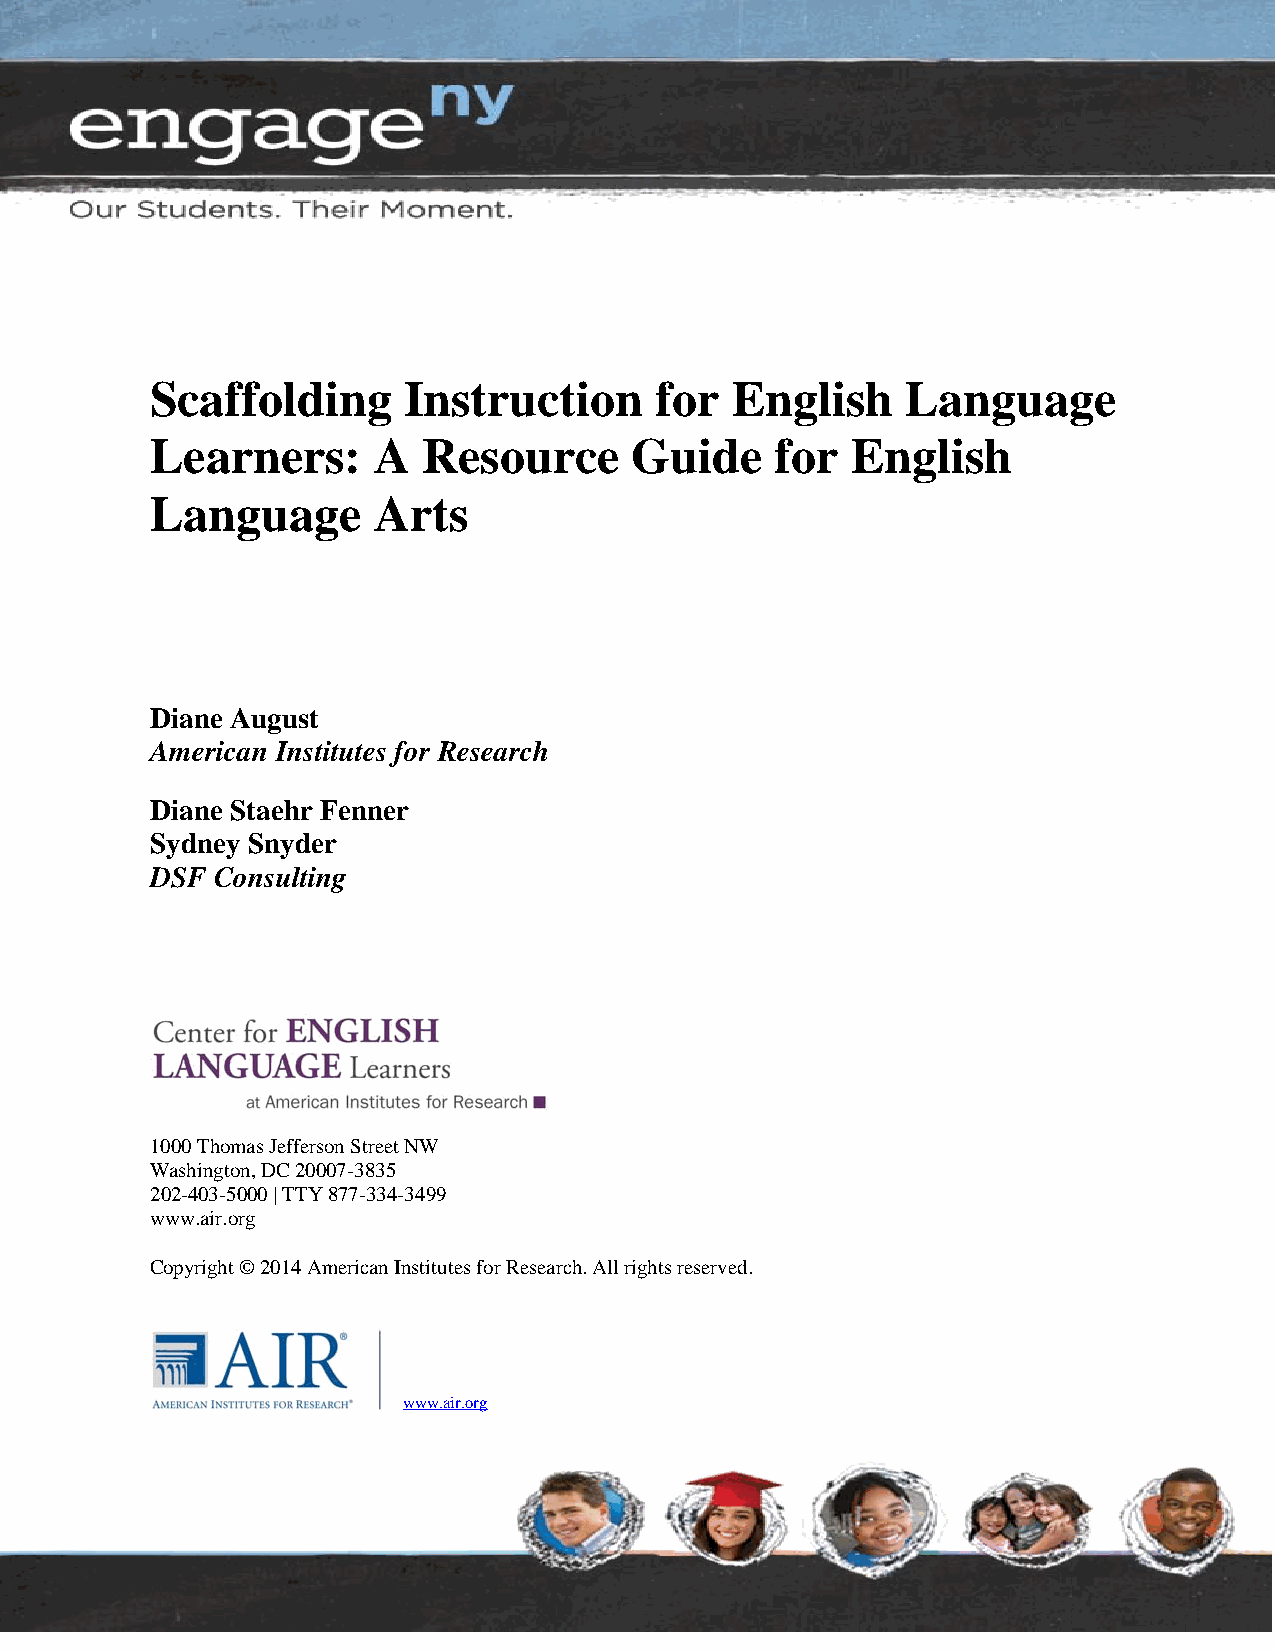
Scaffolding      Instruction     for  English     Language
 Learners:      A  Resource      Guide    for  English
 Language       Arts
 Diane August
 American Institutes for Research
 Diane Staehr Fenner
 Sydney Snyder
 DSF Consulting
 1000 Thomas Jefferson Street NW
 Washington, DC 20007-3835
 202-403-5000 | TTY 877-334-3499
 www.air.org
 Copyright © 2014 American Institutes for Research. All rights reserved.
 www.air.org